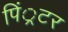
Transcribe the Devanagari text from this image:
पिं्रटर